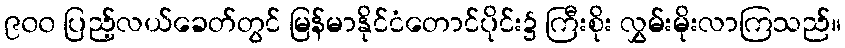
၉၀၀ ပြည့်လယ်ခေတ်တွင် မြန်မာနိုင်ငံတောင်ပိုင်း၌ ကြီးစိုး လွှမ်းမိုးလာကြသည်။